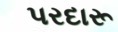
પરદારૂ